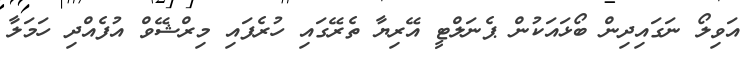
އަވިލޯ ނަގައިދިން ބޯޅައަކުން ޕެނަލްޓީ އޭރިޔާ ތެރޭގައި ހުރެފައި މިރްޝޭވް އުފެއްދި ހަމަލާ